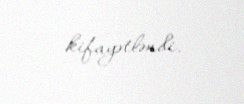
kifayətləndi.